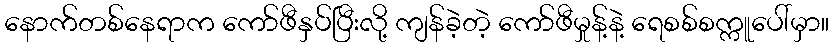
နောက်တစ်နေရာက ကော်ဖီနှပ်ပြီးလို့ ကျန်ခဲ့တဲ့ ကော်ဖီမှုန့်နဲ့ ရေစစ်စက္ကူပေါ်မှာ။